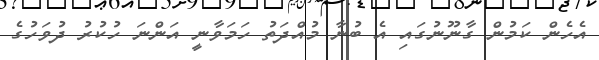
އެހެން ކަމުން ގާނޫނުގައި އެ ބުނާ މުއްދަތު ހަމަވާނީ އަންނަ ހުކުރު ދުވަހުގެ